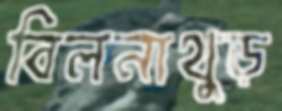
বিলনাথুড়